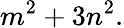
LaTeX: m^{2}+3n^{2}.